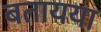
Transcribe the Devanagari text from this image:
बतायया